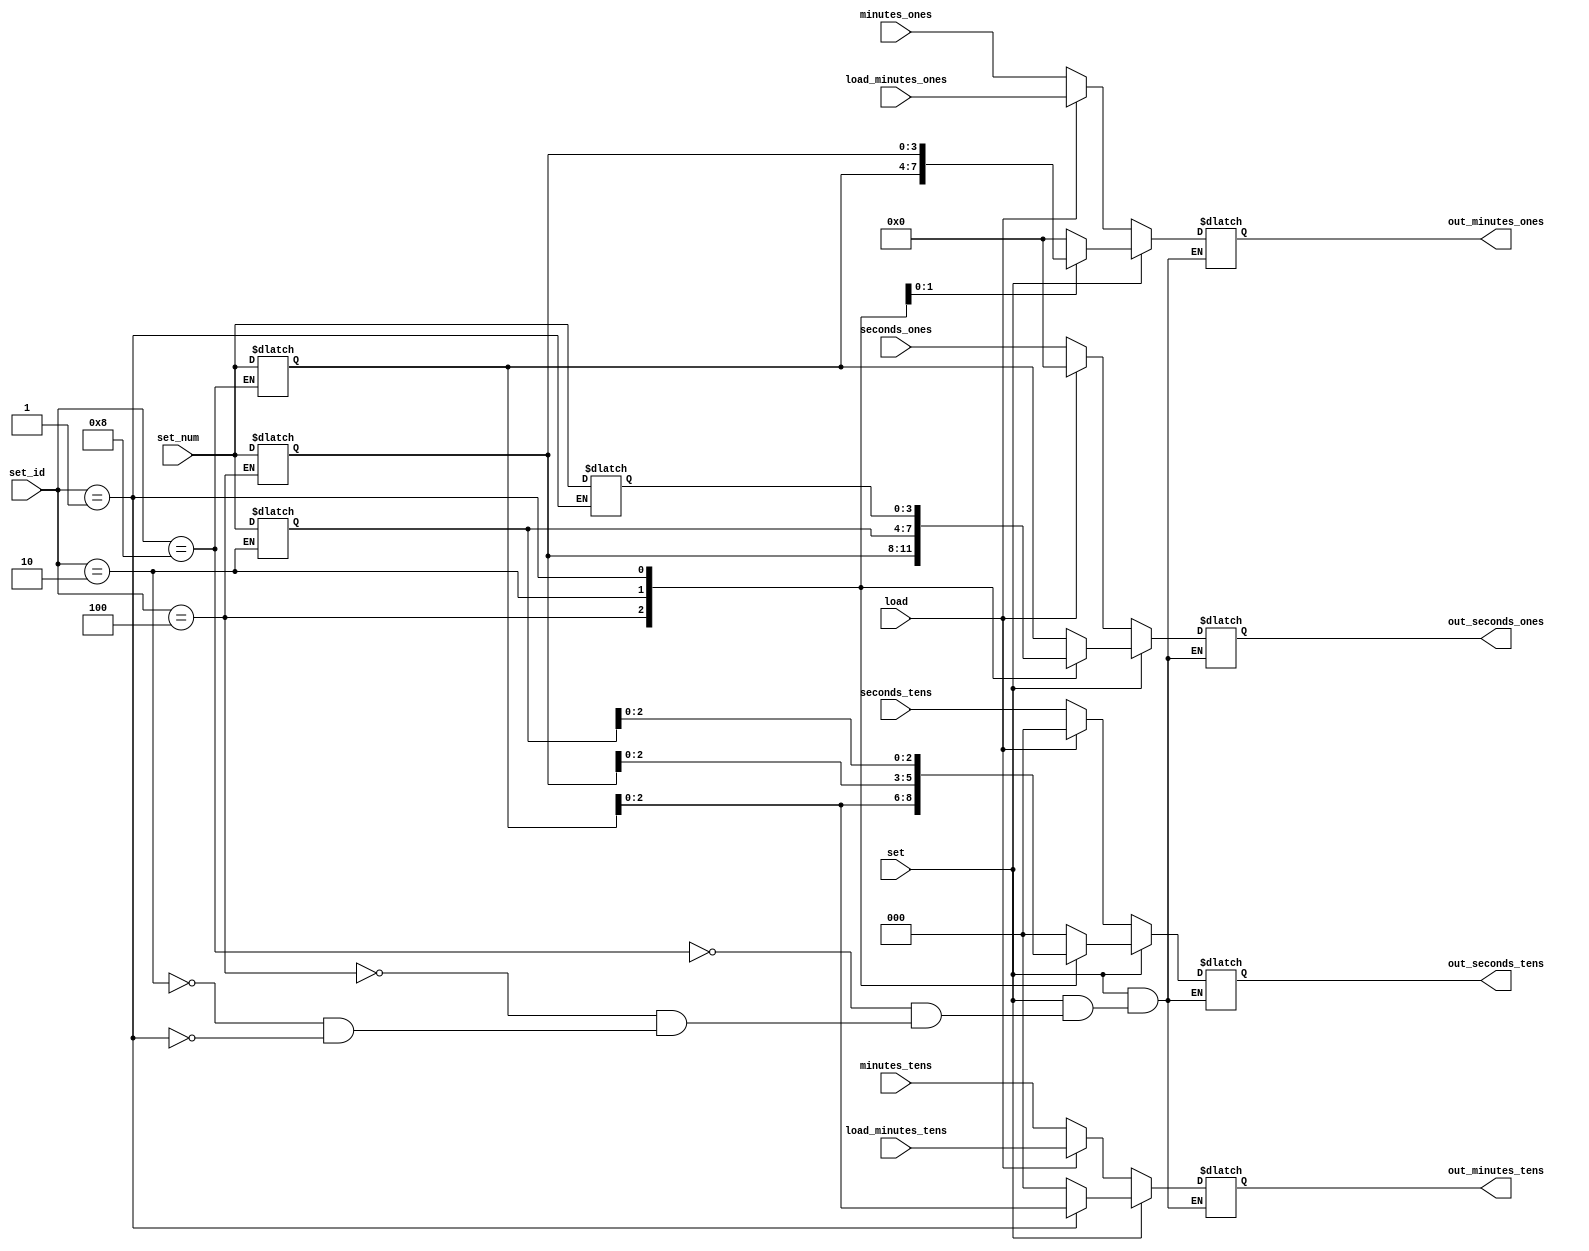
`timescale 1ns / 1ps

module display_clock(
    input                               load, 
    input                               set,
    input       [3:0]                   set_id,
    input       [3:0]                   set_num,
    input       [3:0]                   seconds_ones, minutes_ones, load_minutes_ones,
    input       [2:0]                   seconds_tens, minutes_tens, load_minutes_tens,
    output reg  [3:0]                   out_seconds_ones, out_minutes_ones, 
    output reg  [2:0]                   out_seconds_tens, out_minutes_tens
    );
    

    /*
            Define
    */
    
    reg         [3:0]                   set_seconds_ones_r = 4'b0000;
    reg         [3:0]                   set_minutes_ones_r = 4'b0000;
    reg         [3:0]                   set_seconds_tens_r = 4'b0000;
    reg         [3:0]                   set_minutes_tens_r = 4'b0000;


    /*

        # Load


        1. set,
                 set_numset_id


        2. Load
                ****

    */
    
    always@(*) begin
        if  (set)   begin
            case (set_id)
                'b1000:     begin
                    out_minutes_tens = 0;
                    out_minutes_ones = 0;
                    out_seconds_tens = 0;
                    out_seconds_ones = set_minutes_tens_r;
                end
                'b0100:     begin
                    out_minutes_tens = 0;
                    out_minutes_ones = 0;
                    out_seconds_tens = set_minutes_tens_r;
                    out_seconds_ones = set_minutes_ones_r;
                end
                'b0010:     begin
                    out_minutes_tens = 0;
                    out_minutes_ones = set_minutes_tens_r;
                    out_seconds_tens = set_minutes_ones_r;
                    out_seconds_ones = set_seconds_tens_r;                  
                end 
                'b0001:     begin
                    out_minutes_tens = set_minutes_tens_r;
                    out_minutes_ones = set_minutes_ones_r;
                    out_seconds_tens = set_seconds_tens_r;
                    out_seconds_ones = set_seconds_ones_r;  
                end
            endcase
        end
        else if(load) begin
            out_seconds_ones = 0;
            out_seconds_tens = 0;
            out_minutes_ones = load_minutes_ones;
            out_minutes_tens = load_minutes_tens;
        end
        else begin
            out_seconds_ones = seconds_ones;
            out_seconds_tens = seconds_tens;
            out_minutes_ones = minutes_ones;
            out_minutes_tens = minutes_tens;
        end
    end

    always @(*) begin
            case (set_id)
                'b1000:     begin
                    set_minutes_tens_r = set_num;
                end
                'b0100:     begin
                    set_minutes_ones_r = set_num;
                end
                'b0010:     begin
                    set_seconds_tens_r = set_num;                 
                end 
                'b0001:     begin   
                    set_seconds_ones_r = set_num;
                end
                default:    begin
                    set_minutes_tens_r = set_minutes_tens_r;
                    set_minutes_ones_r = set_minutes_ones_r;
                    set_seconds_tens_r = set_seconds_tens_r;
                    set_seconds_ones_r = set_seconds_ones_r;    
                    end                                                                            
            endcase

    end

    
endmodule